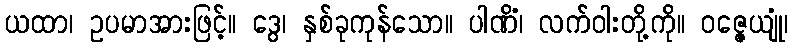
ယထာ၊ ဥပမာအားဖြင့်။ ဒွေ၊ နှစ်ခုကုန်သော။ ပါဏိံ၊ လက်ဝါးတို့ကို။ ဝဇ္ဇေယျုံ၊